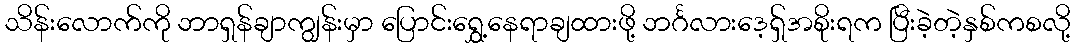
သိန်းလောက်ကို ဘာရှန်ချာကျွန်းမှာ ပြောင်းရွှေ့နေရာချထားဖို့ ဘင်္ဂလားဒေ့ရှ်အစိုးရက ပြီးခဲ့တဲ့နှစ်ကစလို့